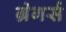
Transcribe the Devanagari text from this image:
ग्रेगर्स